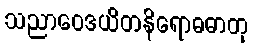
သညာဝေဒယိတနိရောဓဓာတု